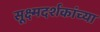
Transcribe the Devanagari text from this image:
सूक्ष्मदर्शकांच्या